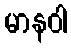
မာနဝါ